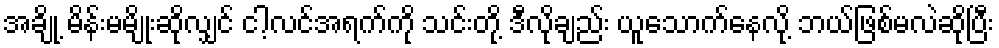
အချို့ မိန်းမမျိုးဆိုလျှင် ငါ့လင်အရက်ကို သင်းတို့ ဒီလိုချည်း ယူသောက်နေလို့ ဘယ်ဖြစ်မလဲဆိုပြီး